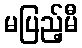
မပြည့်မီ